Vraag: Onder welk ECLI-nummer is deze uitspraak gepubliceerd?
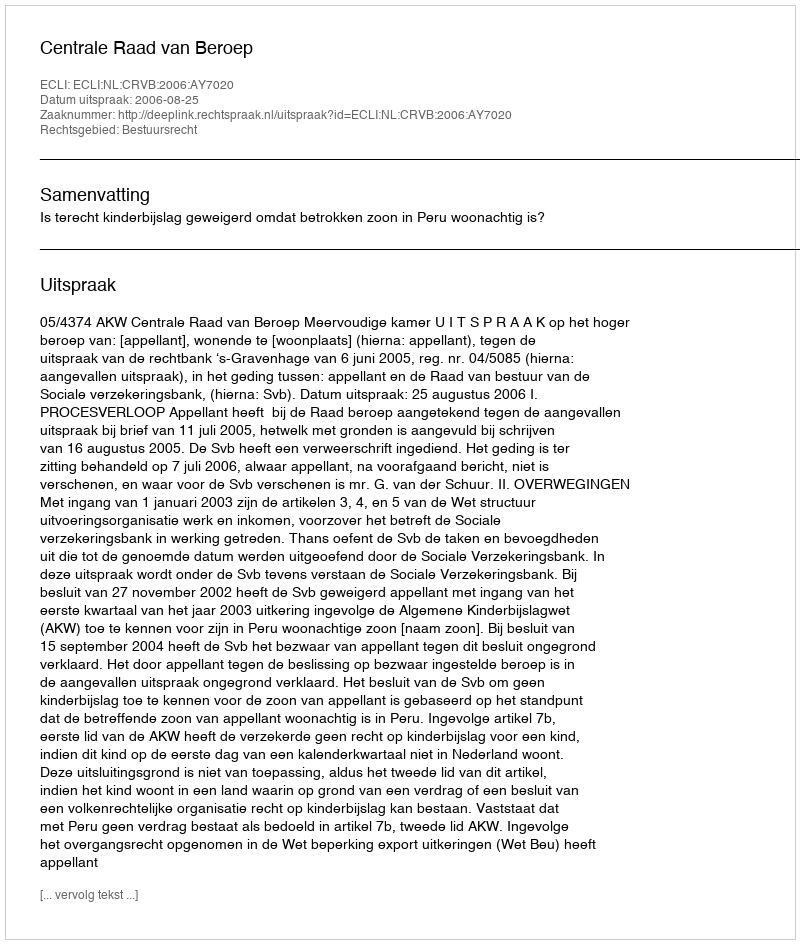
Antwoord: ECLI:NL:CRVB:2006:AY7020